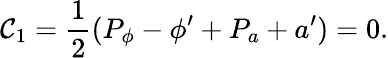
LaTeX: \mathcal{C}_{1}={\frac{{1}}{{2}}}(P_{\phi}-\phi^{\prime}+{P_{a}+a^{\prime}})=0.